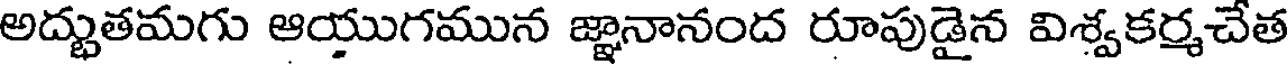
అద్భుతమగు ఆయుగమున జ్ఞానానంద రూపుడైన విశ్వకర్మచేత